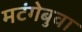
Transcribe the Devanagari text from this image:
मटंगेबुवा